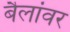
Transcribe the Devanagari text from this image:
बैलांवर